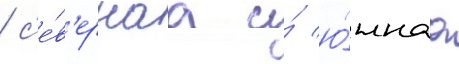
/ с'е́в'ернаа и́ ю́жнаа